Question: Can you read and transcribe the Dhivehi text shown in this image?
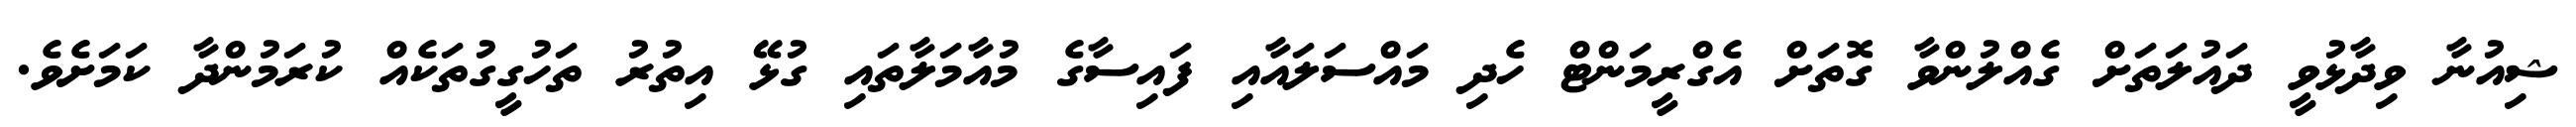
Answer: ޝިއުނާ ވިދާޅުވީ ދައުލަތަށް ގެއްލުންވާ ގޮތަށް އެގްރީމަންޓް ހެދި މައްސަލައާއި ފައިސާގެ މުއާމަލާތައި ގުޅޭ އިތުރު ތަހުގީގުތަކެއް ކުރަމުންދާ ކަމަށެވެ.